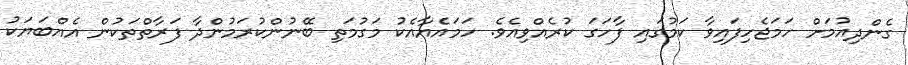
ގެންދިއުމަށް ހަމަޖެހިފައިވާ ކަމުގައި ފާހަގަ ކުރެއްވިއެވެ. ހަމައެއާއެކު މަގުމަތި ބޭނުންކުރަމުންދާ ފަރާތްތަކުން އެއްބަޔަކު